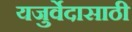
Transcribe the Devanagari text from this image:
यजुर्वेदासाठी